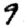
Digit: 9